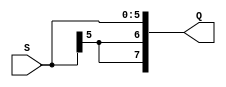
module signExtend(S, Q);

input [5:0] S;

output [7:0] Q;

assign Q = {S[5], S[5], S[5:0]};

endmodule